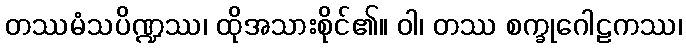
တဿမံသပိဏ္ဍဿ၊ ထိုအသားစိုင်၏။ ဝါ၊ တဿ စက္ခုဂေါဠကဿ၊